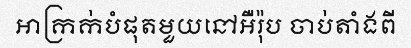
អាក្រក់បំផុតមួយនៅអឺរ៉ុប ចាប់តាំងពី